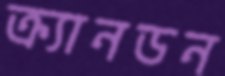
ক্র্যানডন